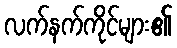
လက်နက်ကိုင်များ၏